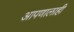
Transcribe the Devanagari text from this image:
आपणालाही